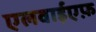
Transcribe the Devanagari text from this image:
एलवाईएफ़